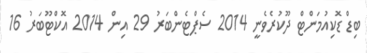
ބިޑް ޑޮކިއުމަންޓް ދޫކުރެވެނީ 2014 ސެޕްޓެންބަރު 29 އިން 2014 އޮކްޓޫބަރު 16